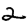
Digit: 2